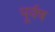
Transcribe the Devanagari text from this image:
पूर्वष